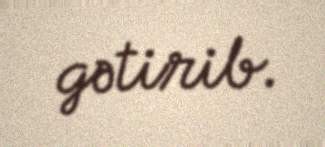
gətirib.